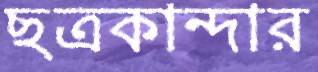
ছত্রকান্দার